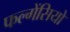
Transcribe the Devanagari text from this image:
फल्गेंसियो